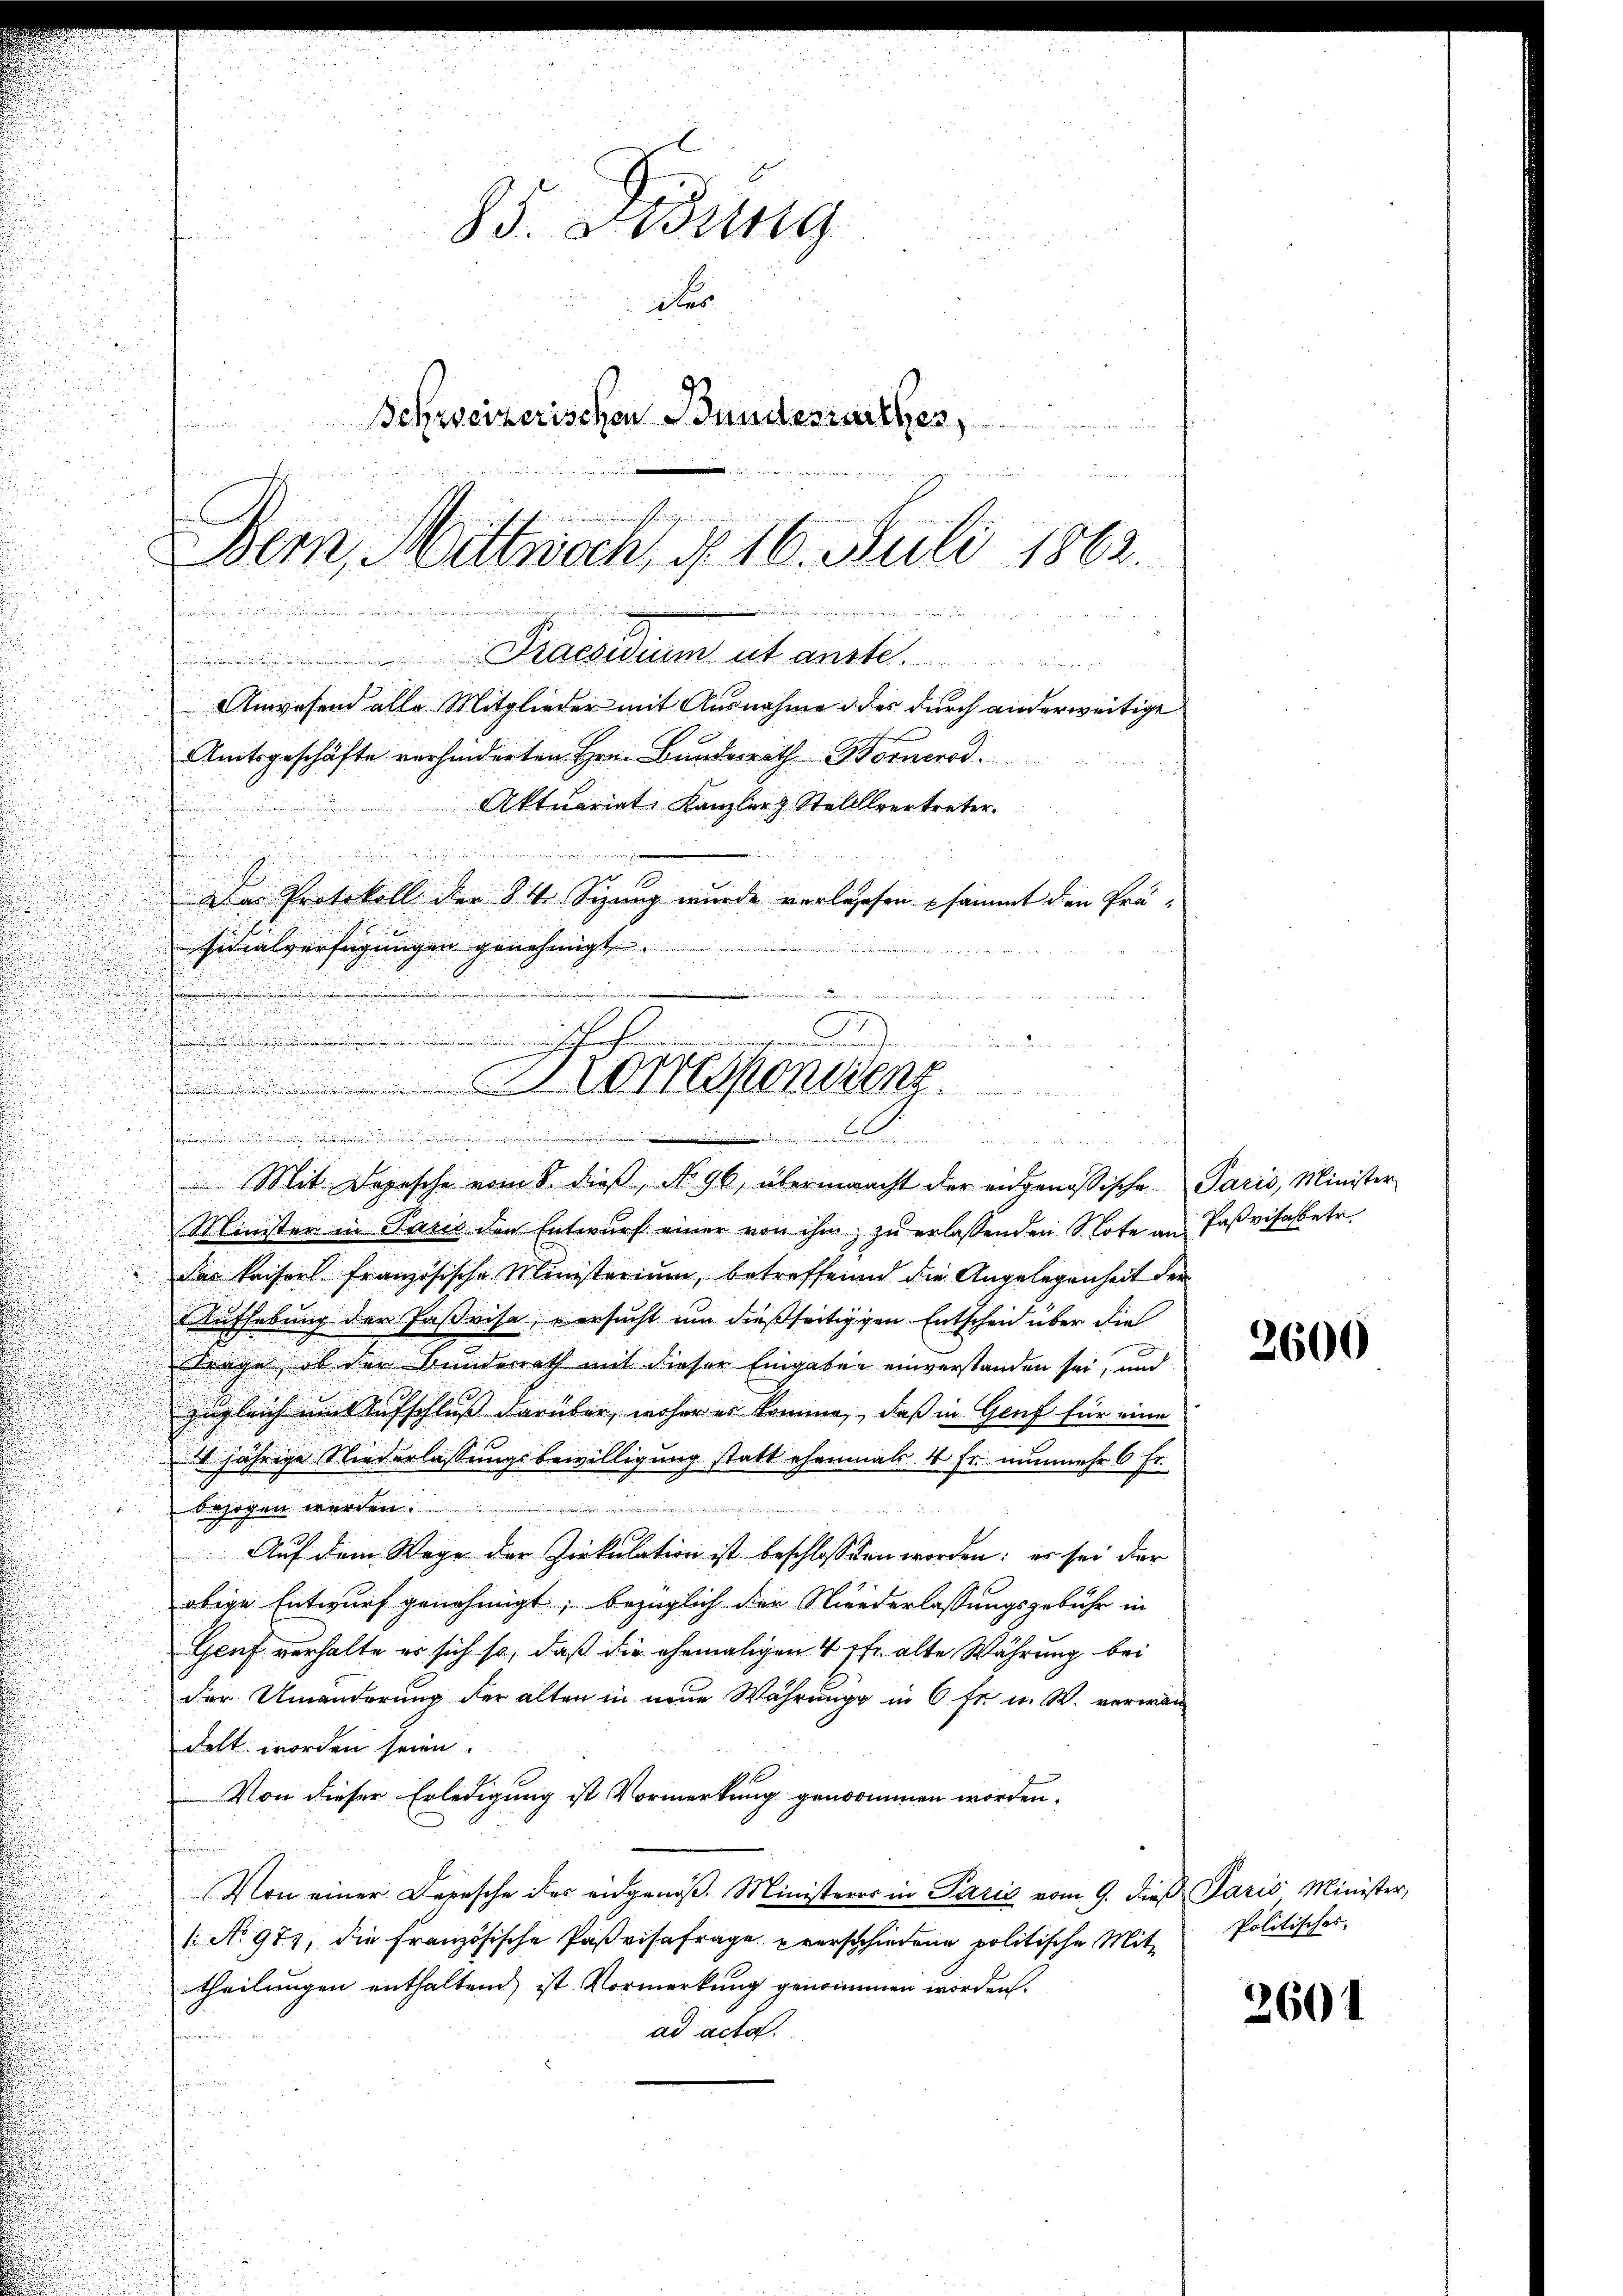
Amtsgeschäfte verhinderten Hrn. Bundesrath Bornerod.
Aktuariat Kanzler & Stellvertreter.
Das Protokoll der § 4. Sizung wurde verlassen sämmt den Prä-
u
.
Minister in Pasis den Entwŭrf einer von ihm zŭ erlassenden Note an Paßvisabetr.
d
Das kaiserl französische Ministerium, betreffenen die Angelegenheit der
Aufhebung der Paßvise, versucht um dießseitigigen Entscheid über die
trage, ob der Bunderrath mit dieser Eingaben einverstanden sei, und
zugleich um Aufschluß darüber, woher es kommen, daß in Genf für eine
1jährige Niederlassungsbewilligung statt ehemals 4 Fr. nunmehr 6 Fr.
e
 bezogen werden.
Auf dem Wege der Ziekulation ist beschlossen worden: es sei der
obige Entwurf genehmigt; bezüglich der Niederlassungsgebühr in
Geuf verhalte er sich so, daß die ehemaligen 4 Pfr. alte Währung bei
der Umänderung der alten in neue Währung in 6 fr. u. W. verwan
delt worden seien.
Von dieser Erledigung ist Vormerkung genommen worden.
Von einer Depesche das eidgenöβ. Ministerer in Paris vom 9. die Paris Minister,
1 No 977, die französische Paßvisafrage verschiedene politische Mit-
theilungen enthaltend, ist Vormerkung genommen worden.
ad acta.

85. Lesung
des
Schweizerischen Bundesrathes,
Bern, Mittwoch, d. 16. Juli 1863.

Praesidium ut anste.
Anwesend alle Mitglieder mit Ausnahme des durch anderweitige

sicialverfügungen genehmigt.
n
Arresponienz
e
A.
e
Mit Depesche vom 8. dieβ, No. 96, übermaacht der angenößische Paris, Minister

2600

Politisches

2601